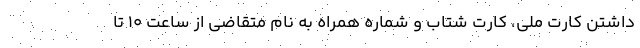
داشتن کارت ملی، کارت شتاب و شماره همراه به نام متقاضی از ساعت ۱۰ تا